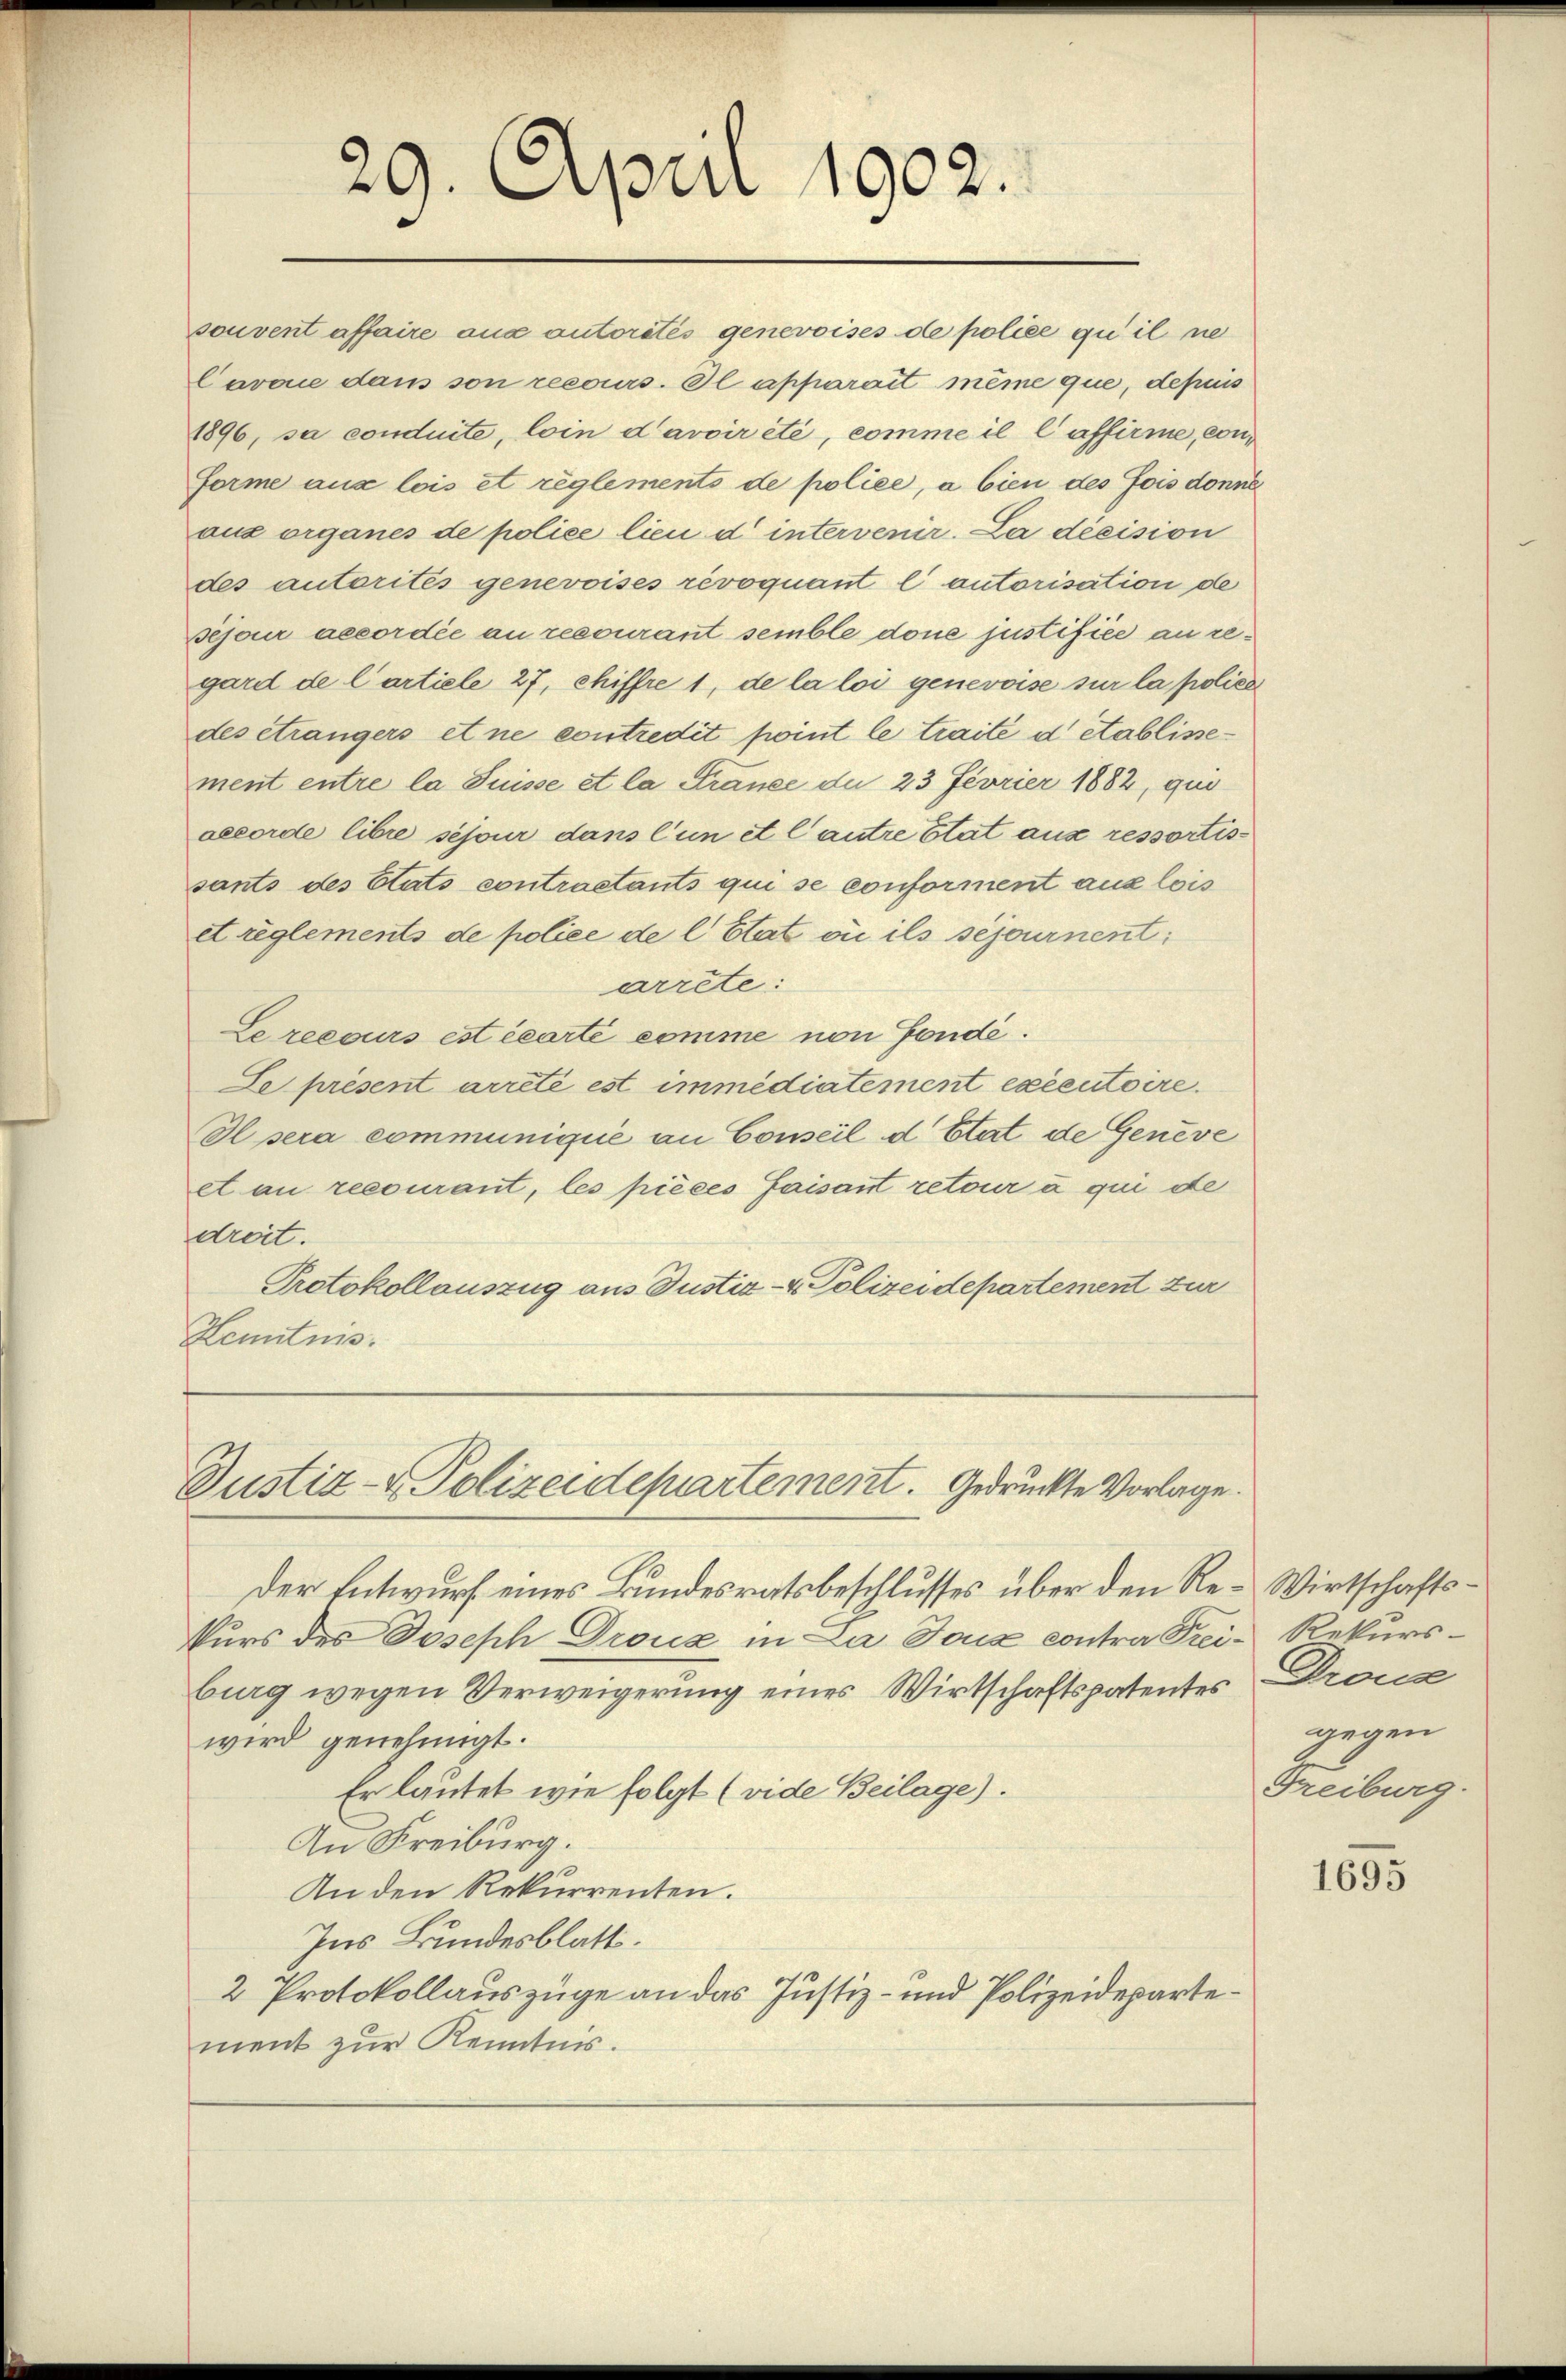
29. April 1902.
e

souvent affaire aus autorités genevoises de police qui il ne
Cavone dans son recours. Il apparait même que, depuis
1896, sa conduite, loin d’avoir été, comme il laffirme, con¬
Forme aux lois et règlements de police, a bien des fois donne
aus organes de police lieu d intervenir. La décision
des autorités genevoises révoquant l’autorisation de
Bejour accordée an recourant semble done justifice an regard de l’artiele 27, chiffre 1, de la loi genevoise sur la police
des étrangers et ne contredit point le traité d établissement entre la Suisse et la France du 23 Fevrier 1882, qui
decorde libre séjour dans l’un et Cautre état aus ressortissants des Etats contrastants qui se conforment aus lois
et règlements de police de l Etat où ils séjournent
arrête:
Le recours est écarté comme von Fondé.
Le présent arreté est immédiatement exécutoire.
Il sera communique an Conseil d’Etat de Geneve
et an recourant, les pièces faisant retour à qui de
dreit.
Protokollauszug aus Justiz- & Polizeidepartement zur
Kenntnis.

Justiz- & Polizeidepartement. Gedrückte Vorlage.

Der Entwurf eines Bundesratsbeschlusses über den Re-Wirtschaftskurs des Joseph Drouz in La Joix contra Prei- Rekursburg wegen Verweigerung eines Wirtschaftspatentes Prona
wird genehmigt.
Er lautet wie folgt (vide Beilage).
Au Freiburg.
An den Rekurrenten.
Ins Bundesblatt.
2 Protokollauszüge an das Justiz- und Polizeidepartement zur Kenntnis.

gegen
Freiburg.

1695